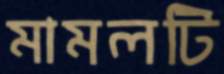
মামলটি